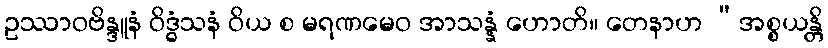
ဥဿာဝဗိန္ဒူနံ ဝိဒ္ဓံသနံ ဝိယ စ မရဏမေဝ အာသန္နံ ဟောတိ။ တေနာဟ “အစ္စယန္တိ